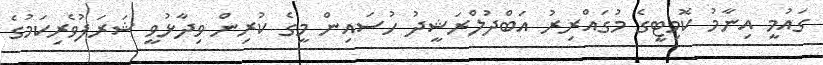
ގައުމީ އިނާމު ކޮމިޓީގެ މުގައްރިރު އަބްދުލްރަޝީދު ހުސައިން މީގެ ކުރިން ވިދާޅުވީ ޝަރަފުވެރިކަމުގެ